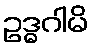
ဥဒ္ဓဂါမိ